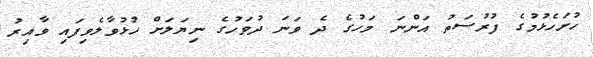
ހުށަހެޅުމުގެ ފުރުސަތު އަންނަ މަހުގެ ދެ ވަނަ ދުވަހުގެ ނިޔަލަށް ހުޅުވާލެވިފައި ވާއިރު